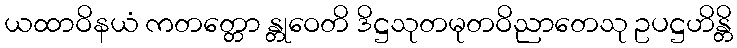
ယထာဝိနယံ ကတတ္တော န္တုဝေတိ ဒိဋ္ဌသုတမုတဝိညာတေသု ဥပဋ္ဌဟိန္တိ